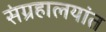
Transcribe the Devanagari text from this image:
संग्रहालयांत